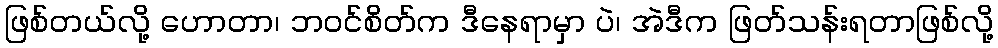
ဖြစ်တယ်လို့ ဟောတာ၊ ဘဝင်စိတ်က ဒီနေရာမှာ ပဲ၊ အဲဒီက ဖြတ်သန်းရတာဖြစ်လို့